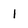
Character: I